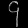
Digit: ၄